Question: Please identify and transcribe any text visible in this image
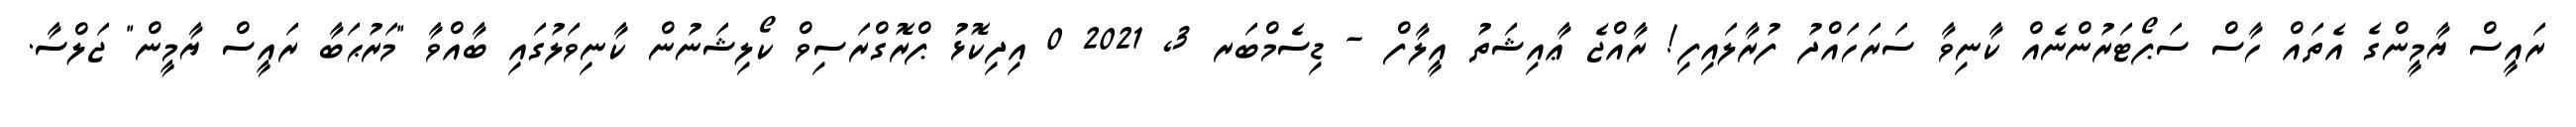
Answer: ރައީސް ޔާމީންގެ އެތައް ހާސް ސަޕޯޓަރުންނެއް ކާނިވާ ސަރަހައްދު ފުރާލައިފި! ރާއްޖެ ޢާއިޝަތު އީލާފް - ޑިސެމްބަރ 3, 2021 0 އިދިކޮޅު ޕްރޮގްރަސިވް ކޯލިޝަނުން ކާނިވަލުގައި ބާއްވާ "މަރުޙަބާ ރައީސް ޔާމީން" ޖަލްސާ.